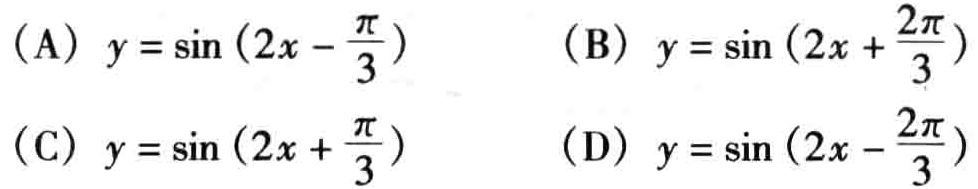
(A) \(y = \sin\left(2x - \frac{\pi}{3}\right)\)  (B) \(y = \sin\left(2x + \frac{2\pi}{3}\right)\)

(C) \(y = \sin\left(2x + \frac{\pi}{3}\right)\)  (D) \(y = \sin\left(2x - \frac{2\pi}{3}\right)\)